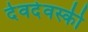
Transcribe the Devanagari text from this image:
देवदेवस्की